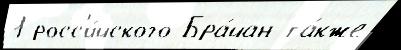
1 росс'и́йского Бра́йан та́кже